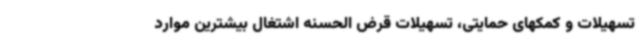
تسهیلات و کمکهای حمایتی، تسهیلات قرض الحسنه اشتغال بیشترین موارد